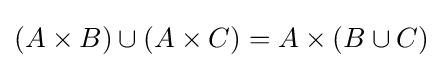
(A\times B)\cup (A\times C)=A\times (B\cup C)